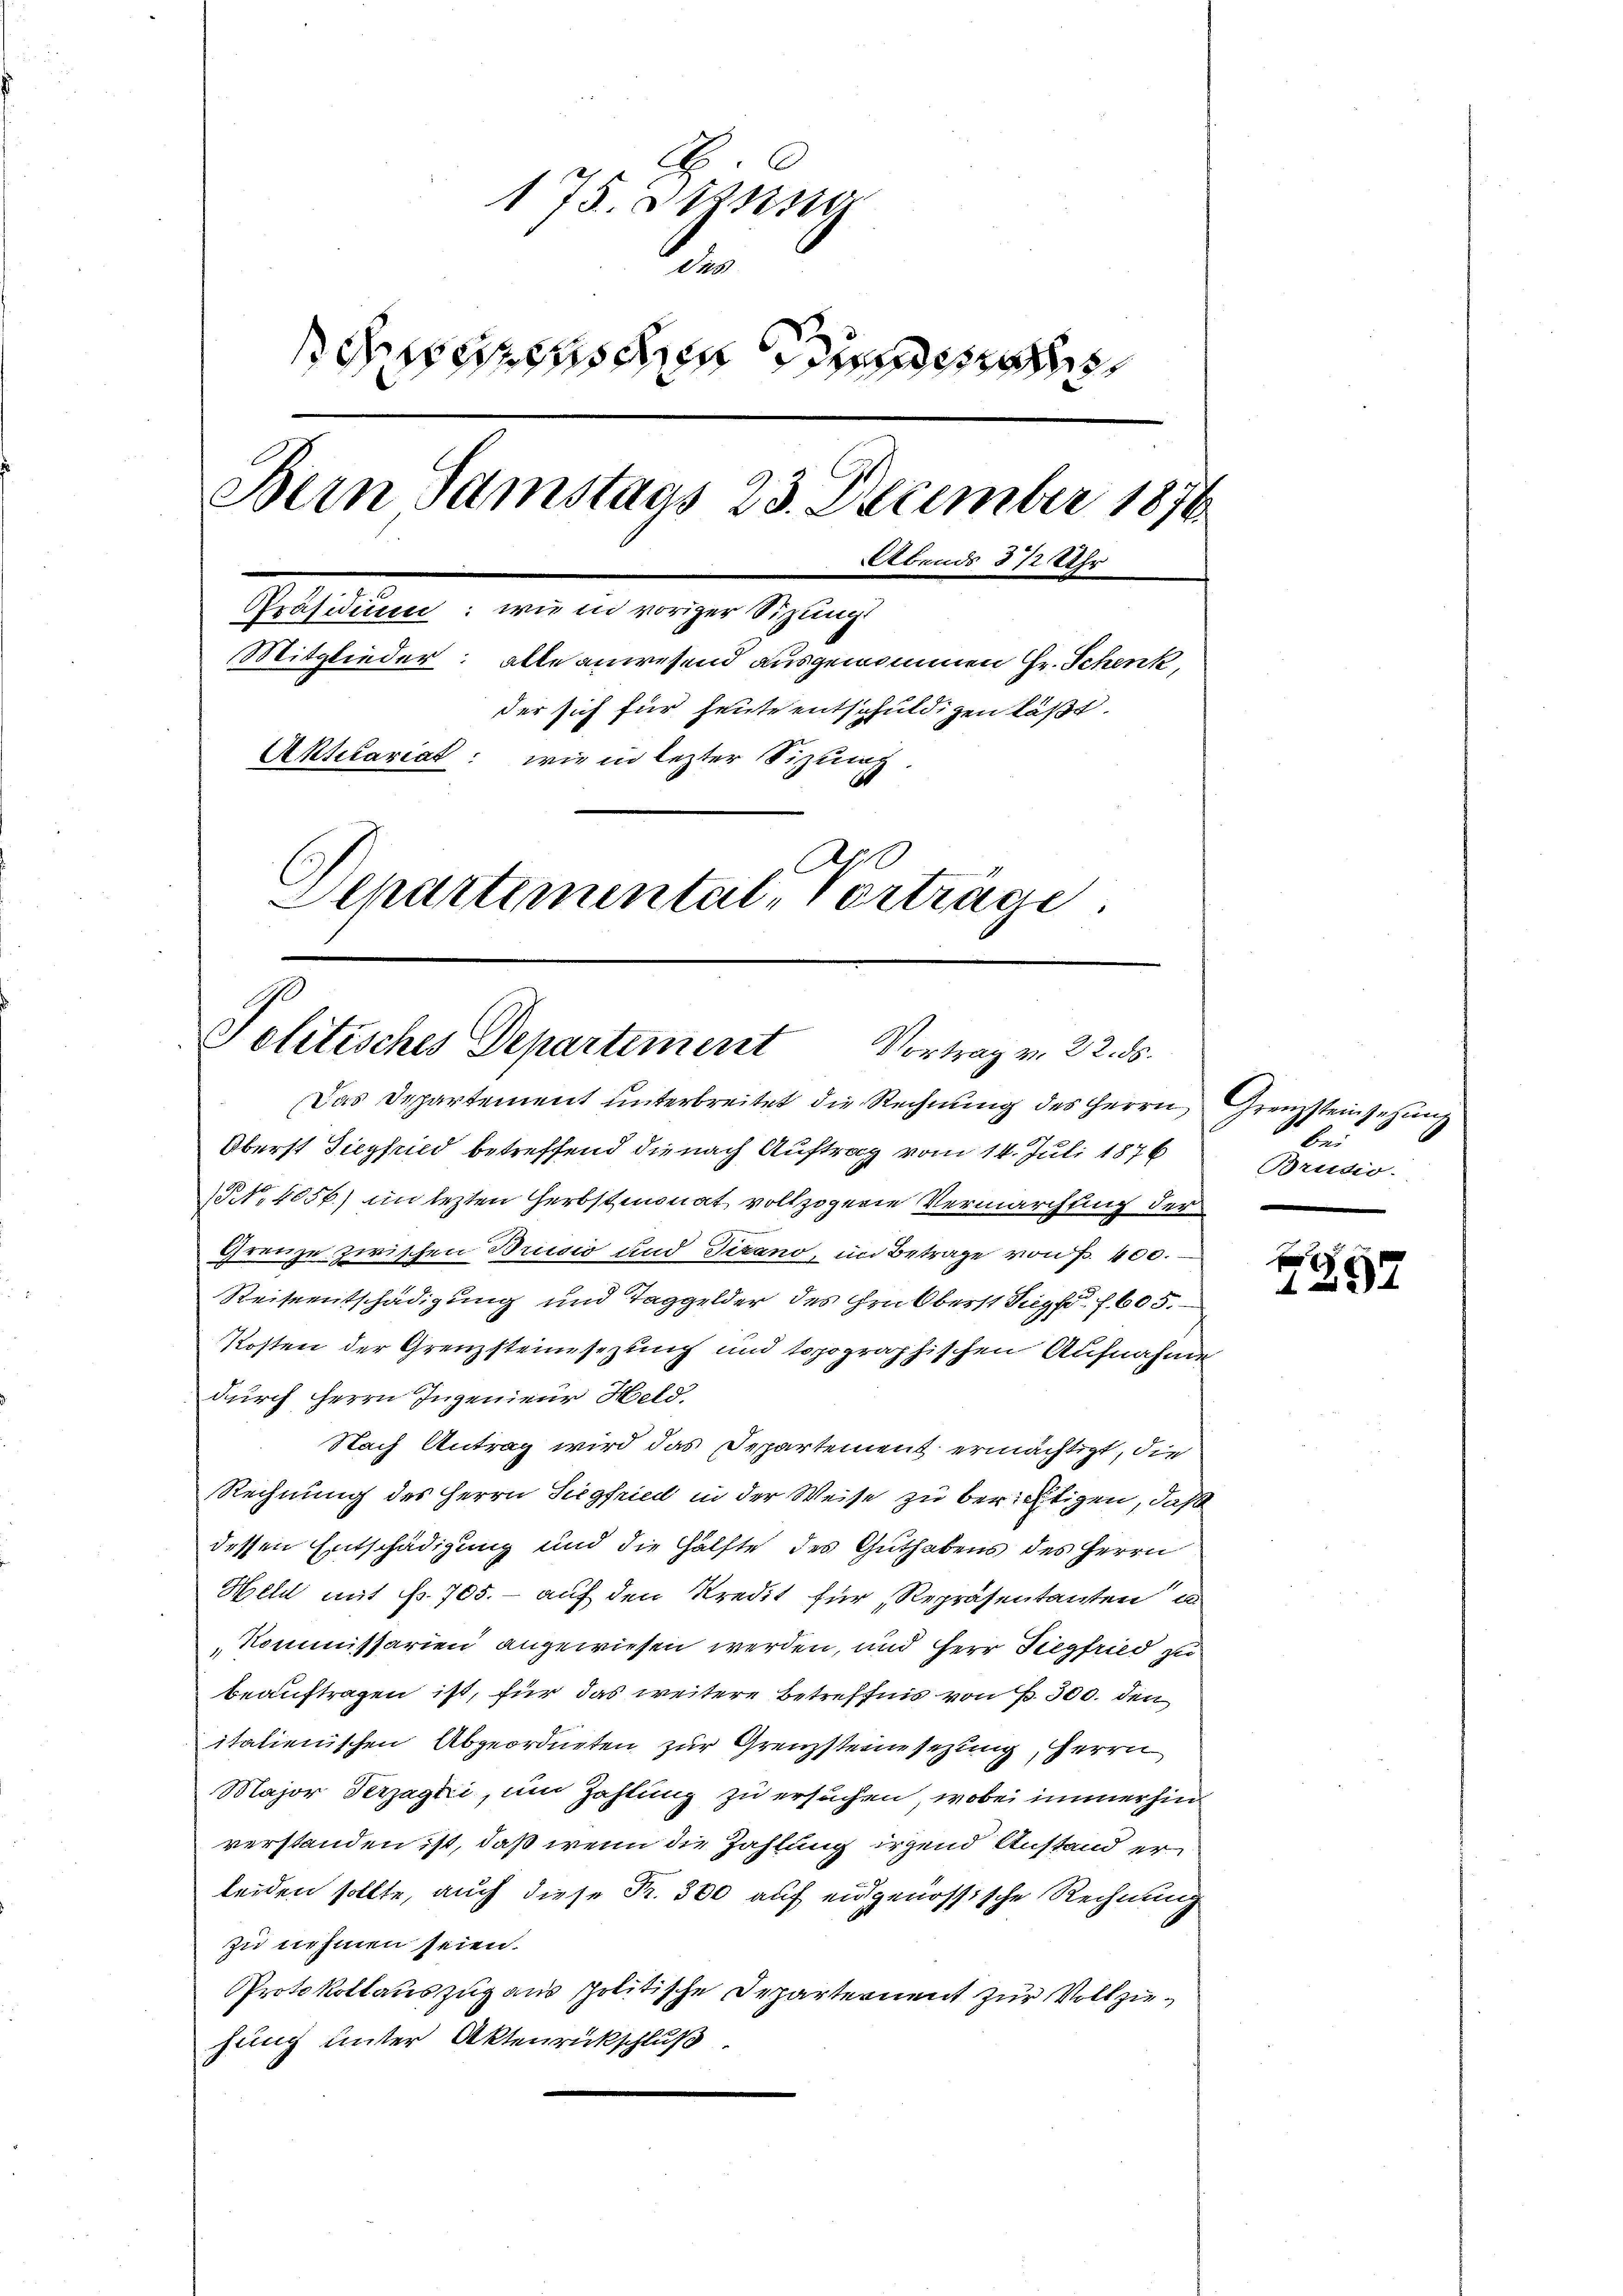
175. Jung
n
cheensten Kinden
Bern Samstags 23. December 1876
Abends 3/2 Uhr
Präsidium: wie in voriger Sitzungs
Mitglieder: alle anwesend ausgenommen Hr. Schenk,
der sich für heute entschuldigen läßt.
Aktetariat: wie in lezter Sizung.
C
Departemental-Verträge

Politisches Departement Vortrag v. 22. ds.
Das Departement unterbreitet die Rechnung des Herrn Grenzsteinsehung

Oberst Siegfried betreffend die nach Auftrag vom 14. Juli 1876
NNo. 4056) im lezten Herbstmonat vollzogene Vermarchung der
Grenze zwischen Brusio und Tizano, im Betrage von P. 400.
Reiseentschädigung und Taggelder des Grabberst Sept. f. 605.
Kosten der Grenzsteinsezung und topographischen Aufnahme
durch Herrn Ingenieur Held,
Nach Antrag wird das Departement ermächtigt, die
Rechnung des Herrn Siegfried in der Weise zu berichtigen, daß
dessen Entschädigung und die Hälfte des Guthabens des Herrn
Held mit No. 705. - auf den Kredit für Repräsentanten d
Kommissarien angewiesen werden, und Herr Siegfried zu
beauftragen ist, für das weitere Betreffnis von P. 300. den
italienischen Abgeordneten zur Grenzsteinsezung, Herrn
Major Verjagui, um Zahlung zu ersuchen, wobei immerhin
verstanden ist, daß wenn die Zahlung irgend Anstand erleiden sollte, auch diese Fr. 300 auf eidgenössische Rechnung
zu nehmen seien.
Protokollauszug aus politische Departernent zur Vollziehung unter Aktenrückschluß

be¬
Brudio.

F
1252